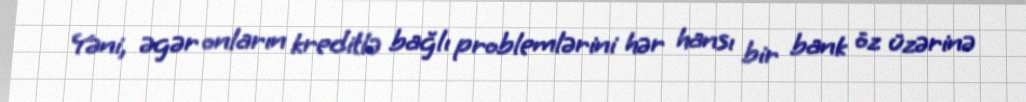
Yəni, əgər onların kreditlə bağlı problemlərini hər hansı bir bank öz üzərinə